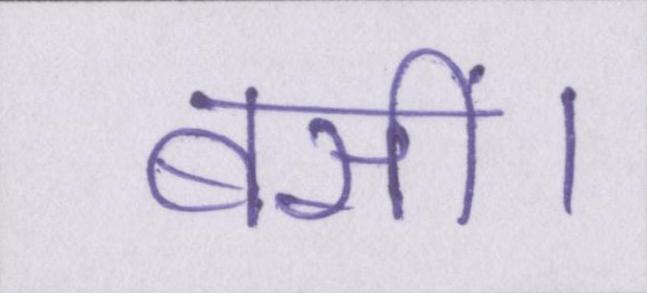
बसीं।